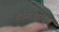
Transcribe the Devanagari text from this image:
डाईहाइड्राइड